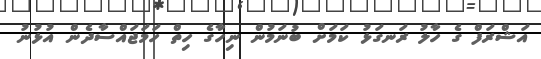
އަޝްރަފް ގެ ހާލު ރަނގަޅު ކަމަށް ބުނަމުން ނިހާގެ ހިތް ހަމަޖައްސާދެން އުޅުނު